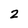
Character: 2